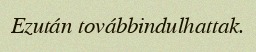
Ezután továbbindulhattak.